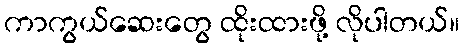
ကာကွယ်ဆေးတွေ ထိုးထားဖို့ လိုပါတယ်။